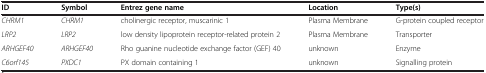
<table><thead><tr><td><b>ID</b></td><td><b>Symbol</b></td><td><b>Entrez gene name</b></td><td><b>Location</b></td><td><b>Type(s)</b></td></tr></thead><tbody><tr><td><i>CHRM1</i></td><td><i>CHRM1</i></td><td>cholinergic receptor, muscarinic 1</td><td>Plasma Membrane</td><td>G-protein coupled receptor</td></tr><tr><td><i>LRP2</i></td><td><i>LRP2</i></td><td>low density lipoprotein receptor-related protein 2</td><td>Plasma Membrane</td><td>Transporter</td></tr><tr><td><i>ARHGEF40</i></td><td><i>ARHGEF40</i></td><td>Rho guanine nucleotide exchange factor (GEF) 40</td><td>unknown</td><td>Enzyme</td></tr><tr><td><i>C6orf145</i></td><td><i>PXDC1</i></td><td>PX domain containing 1</td><td>unknown</td><td>Signalling protein</td></tr></tbody></table>